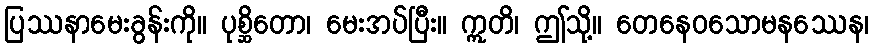
ပြဿနာမေးခွန်းကို။ ပုစ္ဆိတော၊ မေးအပ်ပြီး။ ဣတိ၊ ဤသို့။ တေနေဝသောမနဿေန၊